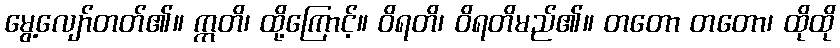
မွေ့လျော်တတ်၏။ ဣတိ၊ ထို့ကြောင့်။ ဝိရတိ၊ ဝိရတိမည်၏။ တတော တတော၊ ထိုထို